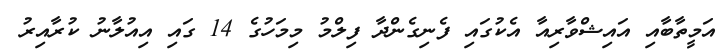
އަމީތާބާއި އައިޝްވާރިއާ އެކުގައި ފެނިގެންދާ ފިލްމު މިމަހުގެ 14 ގައި އިއުލާނު ކުރާއިރު